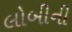
લોબીની